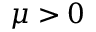
\mu > 0